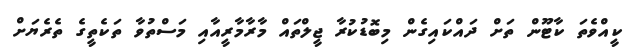
ކީއްވެތަ ކާޓޫން ތަށް ދައްކައިގެން މިބޮޑުކުރާ ޖީލްތަައް މާރާމާރީއާއި މަސްތުވާ ތަކެތީގެ ތެރެޔަށް